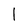
Character: I